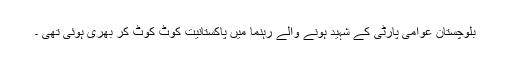
بلوچستان عوامی پارٹی کے شہید ہونے والے رہنما میں پاکستانیت کوٹ کوٹ کر بھری ہوئی تھی ۔